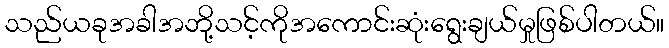
သည်ယခုအခါအဘို့သင့်ကိုအကောင်းဆုံးရွေးချယ်မှုဖြစ်ပါတယ်။